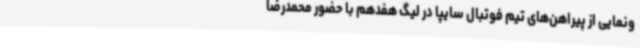
ونمایی از پیراهن‌های تیم فوتبال سایپا در لیگ هفدهم با حضور محمدرضا